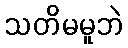
သတိမမူဘဲ